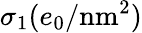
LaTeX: \sigma_{1}(e_{0}/\textrm{nm}^{2})